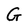
Character: G